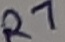
Text: R7